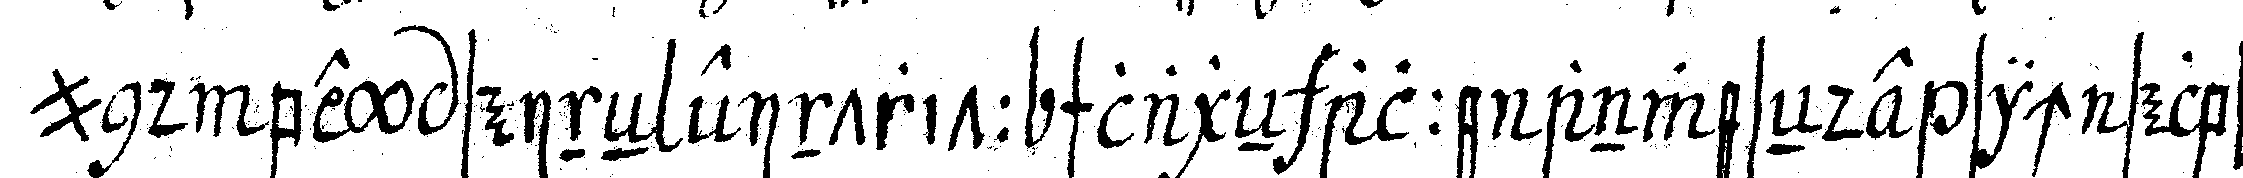
und bey seineN eintritt schlageN alle anweseNde sich selbst